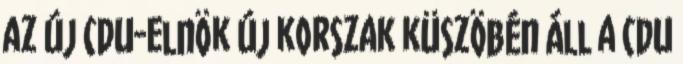
az új CDU-elnök Új korszak küszöbén áll a CDU